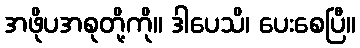
အဖိုပအစုတို့ကို။ ဒါပေသိ၊ ပေးစေပြီ။